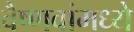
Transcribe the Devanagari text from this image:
वैष्णवांमध्ये